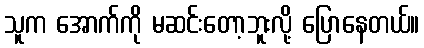
သူက အောက်ကို မဆင်းတော့ဘူးလို့ ပြောနေတယ်။